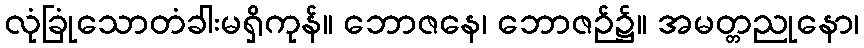
လုံခြုံသောတံခါးမရှိကုန်။ ဘောဇနေ၊ ဘောဇဉ်၌။ အမတ္တညုနော၊